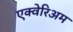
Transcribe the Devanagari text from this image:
एक्वेरिअम